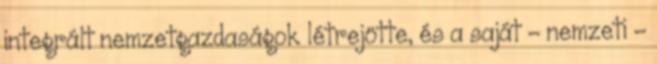
integrált nemzetgazdaságok létrejötte, és a saját – nemzeti -